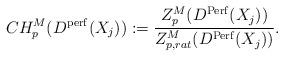
LaTeX: \begin{align*} CH^{M}_{p}(D^{\mathrm{perf}}(X_{j})) := \dfrac{Z^{M}_{p}(D^{\mathrm{Perf}}(X_{j}))}{Z^{M}_{p,rat}(D^{\mathrm{Perf}}(X_{j}))}.\end{align*}